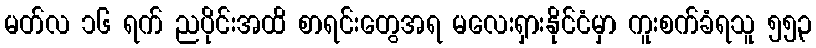
မတ်လ ၁၆ ရက် ညပိုင်းအထိ စာရင်းတွေအရ မလေးရှားနိုင်ငံမှာ ကူးစက်ခံရသူ ၅၅၃